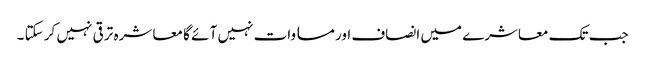
جب تک معاشرے میں انصاف اور مسا وات نہیں آ ئے گا معا شرہ تر قی نہیں کر سکتا ۔